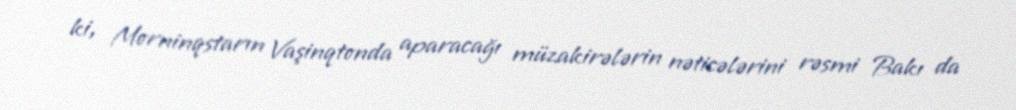
ki, Morninqstarın Vaşinqtonda aparacağı müzakirələrin nəticələrini rəsmi Bakı da